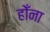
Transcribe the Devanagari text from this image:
होँना